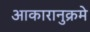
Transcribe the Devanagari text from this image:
आकारानुक्रमे